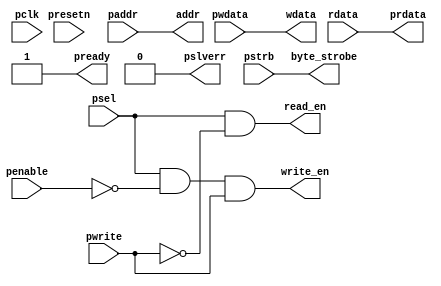
//------------------------------------------------------------------------------
// The confidential and proprietary information contained in this file may
// only be used by a person authorised under and to the extent permitted
// by a subsisting licensing agreement from ARM Limited.
//
//            (C) COPYRIGHT 2010-2015  ARM Limited or its affiliates.
//                ALL RIGHTS RESERVED
//
// This entire notice must be reproduced on all copies of this file
// and copies of this file may only be made by a person if such person is
// permitted to do so under the terms of a subsisting license agreement
// from ARM Limited.
//
//  Version and Release Control Information:
//
//  File Revision       : $Revision: 275084 $
//  File Date           : $Date: 2014-03-27 15:09:11 +0000 (Thu, 27 Mar 2014) $
//
//  Release Information : Cortex-M0 DesignStart-r1p0-00rel0
//------------------------------------------------------------------------------
// Verilog-2001 (IEEE Std 1364-2001)
//------------------------------------------------------------------------------
//
//-----------------------------------------------------------------------------
// Abstract : AMBA APB4 example slave interface module. Transfer APB BUS protocol to
//            simple register read write protocol
//-----------------------------------------------------------------------------
module cmsdk_apb4_eg_slave_interface #(
  // parameter for address width
  parameter ADDRWIDTH = 12)
 (
  // IO declaration

  input  wire                    pclk,     // pclk
  input  wire                    presetn,  // reset

  // apb interface inputs
  input  wire                    psel,
  input  wire [ADDRWIDTH-1:0]    paddr,
  input  wire                    penable,
  input  wire                    pwrite,
  input  wire [31:0]             pwdata,
  input  wire [3:0]              pstrb,

  // apb interface outputs
  output wire [31:0]             prdata,
  output wire                    pready,
  output wire                    pslverr,

  //Register interface
  output wire [ADDRWIDTH-1:0]    addr,
  output wire                    read_en,
  output wire                    write_en,
  output wire [3:0]              byte_strobe,
  output wire [31:0]             wdata,
  input  wire [31:0]             rdata);


 //------------------------------------------------------------------------------
 // module logic start
 //------------------------------------------------------------------------------

// APB interface
assign   pready  = 1'b1; //always ready. Can be customized to support waitstate if required.
assign   pslverr = 1'b0; //always OKAY. Can be customized to support error response if required.


// register read and write signal
assign  addr = paddr;
assign  read_en  = psel & (~pwrite); // assert for whole apb read transfer
assign  write_en = psel & (~penable) & pwrite; // assert for 1st cycle of write transfer
        // It is also possible to change the design to perform the write in the 2nd
        // APB cycle.   E.g.
        //   assign write_en = psel & penable & pwrite;
        // However, if the design generate waitstate, this expression will result
        // in write_en being asserted for multiple cycles.
assign  byte_strobe = pstrb;
assign  wdata       = pwdata;
assign  prdata      = rdata;

`ifdef ARM_APB_ASSERT_ON

 `include "std_ovl_defines.h"
  // ------------------------------------------------------------
  // Assertions
  // ------------------------------------------------------------

  // Check error response should not be generated if not selected
    assert_never
     #(`OVL_ERROR,
       `OVL_ASSERT,
       "Error! Should not generate error response if not selected")
     u_ovl_apb4_eg_slave_response_illegal
     (.clk        (pclk),
      .reset_n    (presetn),
      .test_expr  (pslverr & pready & (~psel))
      );

`endif
 //------------------------------------------------------------------------------
 // module logic end
 //------------------------------------------------------------------------------

endmodule